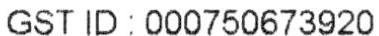
GST ID : 000750673920